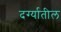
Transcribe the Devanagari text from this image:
दर्ग्यातील